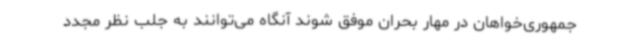
جمهوری‌خواهان در مهار بحران موفق شوند آنگاه می‌توانند به جلب نظر مجدد